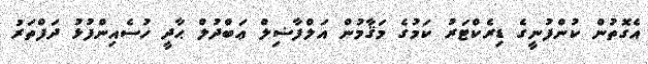
އެގޮތުން ކުންފުނީގެ ޑިރެކްޓަރު ކަމުގެ މަޤާމުން އަލްފާޟިލް ޢަބްދުލް ޙާދީ ހުސެއިންފުޅު ދަފްތަރު